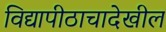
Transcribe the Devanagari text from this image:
विद्यापीठाचादेखील